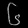
Digit: ၆